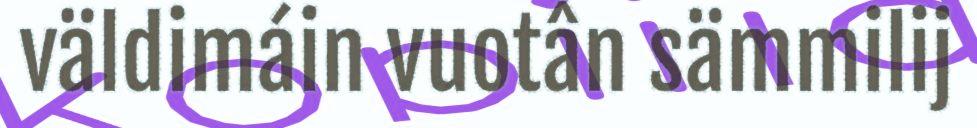
väldimáin vuotân sämmilij